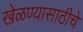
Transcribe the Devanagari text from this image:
खेळण्यासाठीचे